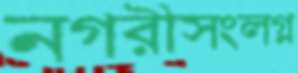
নগরীসংলগ্ন